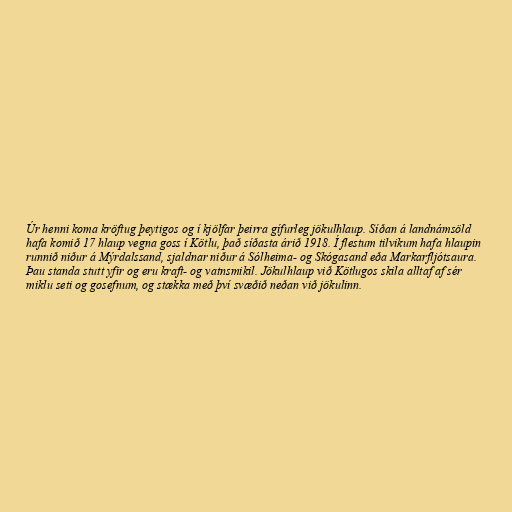
Úr henni koma kröftug þeytigos og í kjölfar þeirra gífurleg jökulhlaup. Síðan á landnámsöld
hafa komið 17 hlaup vegna goss í Kötlu, það síðasta árið 1918. Í flestum tilvikum hafa hlaupin
runnið niður á Mýrdalssand, sjaldnar niður á Sólheima- og Skógasand eða Markarfljótsaura.
Þau standa stutt yfir og eru kraft- og vatnsmikil. Jökulhlaup við Kötlugos skila alltaf af sér
miklu seti og gosefnum, og stækka með því svæðið neðan við jökulinn.